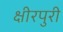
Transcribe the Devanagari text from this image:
क्षीरपुरी